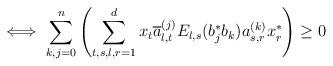
LaTeX: \begin{align*}\iff \sum_{k,j=0}^{n}\left(\sum_{t,s,l,r=1}^{d}x_{t}\overline{a}_{l,t}^{(j)}E_{l,s}(b_{j}^*b_{k})a_{s,r}^{(k)}x^{*}_{r}\right)\geq 0\end{align*}